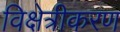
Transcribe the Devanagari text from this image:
विक्षेत्रीकरण